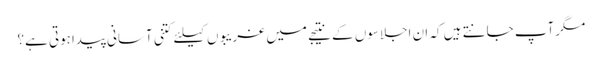
مگرآپ جانتے ہیں کہ ان اجلاسوں کے نتیجے میں غریبوں کیلئے کتنی آسانی پیداہوتی ہے؟